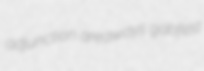
adjunction areaways gabfest